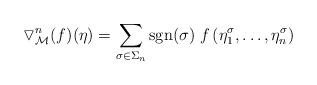
LaTeX: \begin{align*}\triangledown^n_{\mathcal{M}} (f) (\eta) = \sum_{\sigma \in \Sigma_{n}} \operatorname{sgn}(\sigma) \; f\left( \eta_1^\sigma, \ldots, \eta_n^\sigma \right) \end{align*}